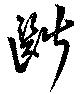
斷